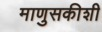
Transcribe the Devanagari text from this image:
माणुसकीशी